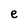
Character: e